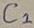
Text: C1